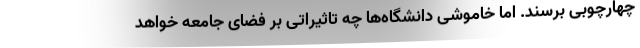
چهارچوبی برسند. اما خاموشی دانشگاه‌ها چه تاثیراتی بر فضای جامعه خواهد